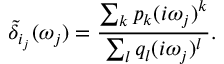
\tilde { \delta } _ { i _ { j } } ( \omega _ { j } ) = \frac { \sum _ { k } p _ { k } ( i \omega _ { j } ) ^ { k } } { \sum _ { l } q _ { l } ( i \omega _ { j } ) ^ { l } } .